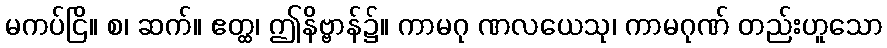
မကပ်ငြိ။ စ၊ ဆက်။ ဧတ္ထ၊ ဤနိဗ္ဗာန်၌။ ကာမဂု ဏလယေသု၊ ကာမဂုဏ် တည်းဟူသော